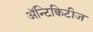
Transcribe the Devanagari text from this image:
अॅन्टिक्विटीज